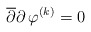
\begin{align*}{\overline\partial}{\partial}\,\varphi^{(k)}=0\end{align*}